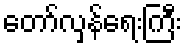
တော်လှန်ရေးကြီး